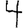
Digit: 4